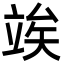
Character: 竢